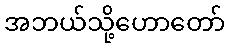
အဘယ်သို့ဟောတော်